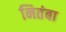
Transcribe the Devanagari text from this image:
नितंबा